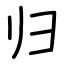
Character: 归